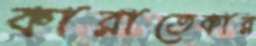
কারাতেকার